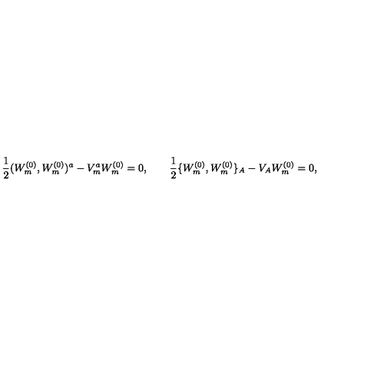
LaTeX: \mathrm { \large \frac { 1 } { 2 } } ( W _ { m } ^ { ( 0 ) } , W _ { m } ^ { ( 0 ) } ) ^ { a } - V _ { m } ^ { a } W _ { m } ^ { ( 0 ) } = 0 , \qquad \mathrm { \large \frac { 1 } { 2 } } \{ W _ { m } ^ { ( 0 ) } , W _ { m } ^ { ( 0 ) } \} _ { A } - V _ { A } W _ { m } ^ { ( 0 ) } = 0 ,